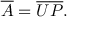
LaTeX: { \overline { { A } } } = { \overline { { U } } } { \overline { { P } } } .